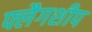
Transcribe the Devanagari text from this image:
फ्लैगशीप